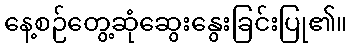
နေ့စဉ်တွေ့ဆုံဆွေးနွေးခြင်းပြု၏။